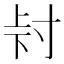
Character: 𭔮